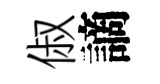
俶謫